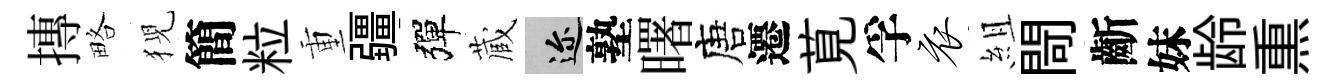
摶略猊簡粒重疆彈蔵邇塾曙唐遷莧孚衣組閜齗妹龄𤋱